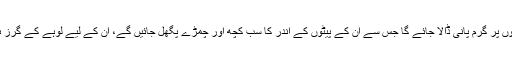
وہ تباہی اور بربادی کے ساتھ آواز دے رہے ہوں گے، جب وہ ہلاکت کا لفظ بولیں گے تو ان کے سروں پر گرم پانی ڈالا جائے گا جس سے ان کے پیٹوں کے اندر کا سب کچھ اور چمڑے پگھل جائیں گے، ان کے لیے لوہے کے گرز ہوں گے جن سے ان کی پیشانیاں چور چور ہوجائیں گی اور ان کے مونہوں سے پیپ نکلنے لگے گی۔